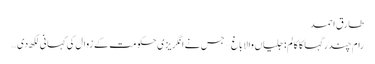
طارق احمد
رام چندر گہا کا کالم: جلیاں والا باغ –جس نے انگریزی حکومت کے زوال کی کہانی لکھ دی …